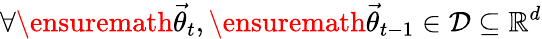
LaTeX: \forall\ensuremath{\vec{\theta}}_{t},\ensuremath{\vec{\theta}}_{t-1}\in{\cal D}\subseteq\mathbb{R}^{d}